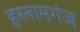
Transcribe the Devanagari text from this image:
हरनामगंज